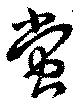
蛍